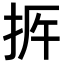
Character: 𢫳